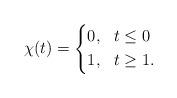
LaTeX: \begin{align*} \chi(t)= \begin{cases*} 0,\ \ t\leq0\\ 1,\ \ t\geq1. \end{cases*}\end{align*}